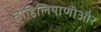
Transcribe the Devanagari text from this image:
ताहिलियाणीऔर